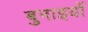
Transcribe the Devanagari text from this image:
बुनाइयों